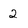
Character: 2